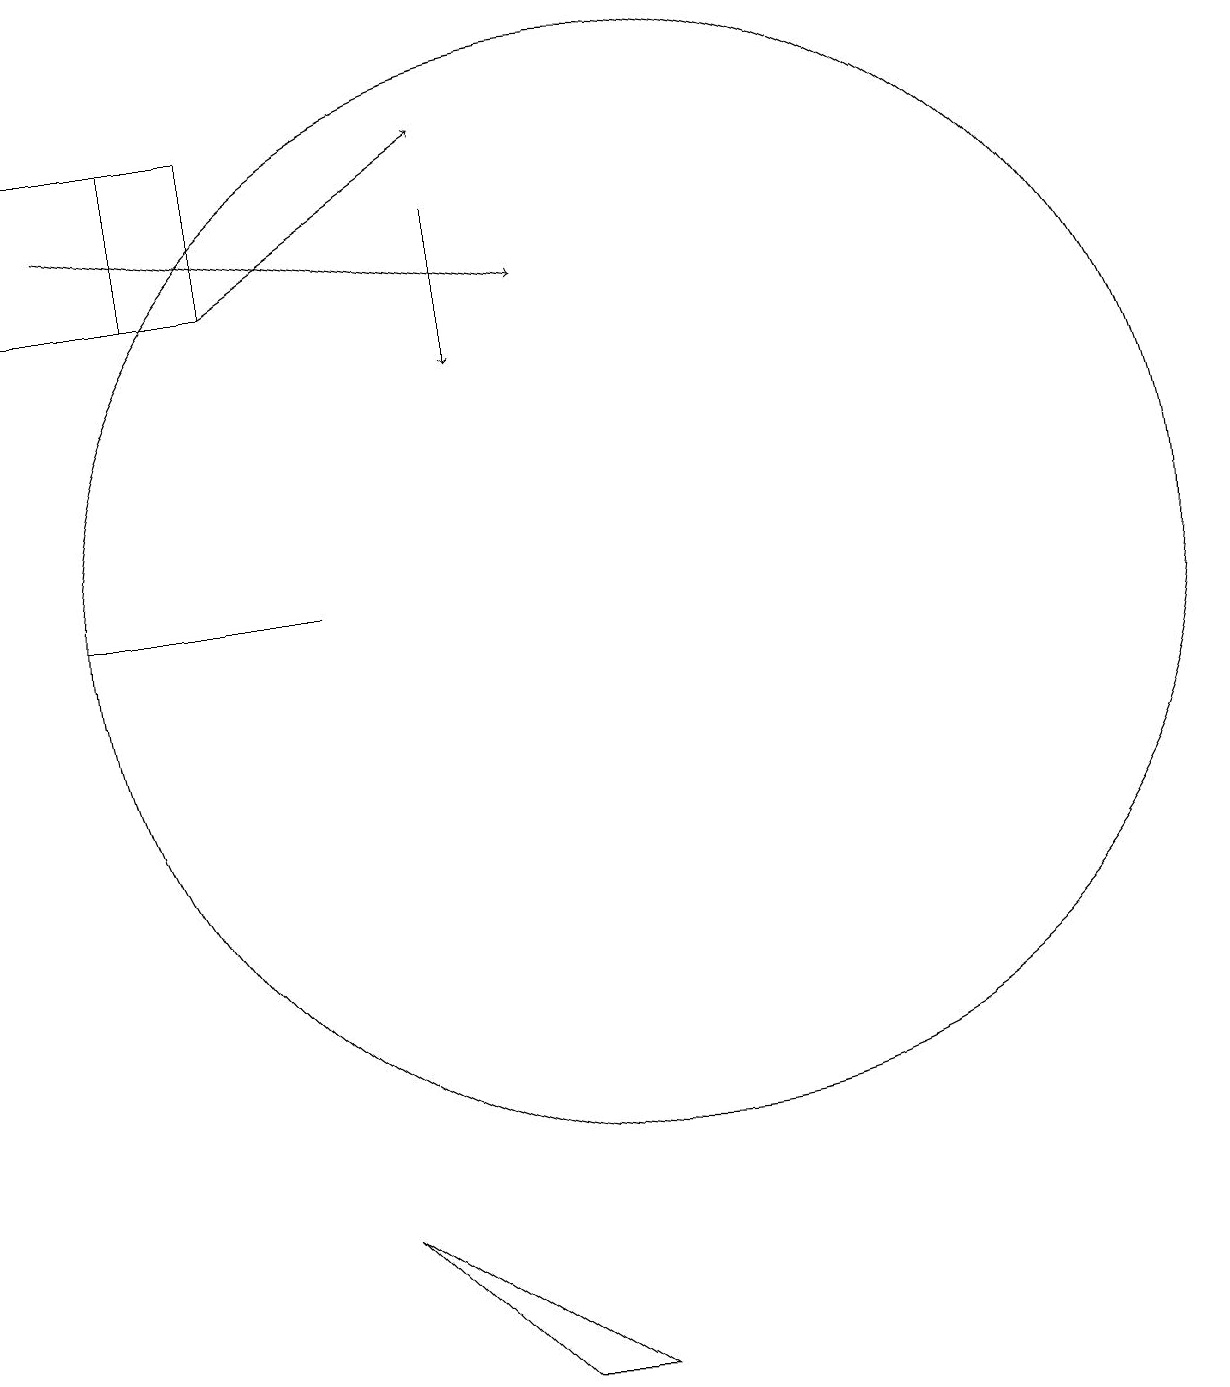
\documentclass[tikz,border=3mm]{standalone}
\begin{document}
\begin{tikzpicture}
\draw (3,12) rectangle (6,12);
\draw (4,16) rectangle (5,18);
\draw[->] (3,17) -- (9,16);
\draw[->] (5,16) -- (8,18);
\draw (4,18) rectangle (2,16);
\draw (10,12) circle (7);
\draw (6,4) -- (8,2) -- (9,2) -- cycle;
\draw[->] (8,17) -- (8,15);
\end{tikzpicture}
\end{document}